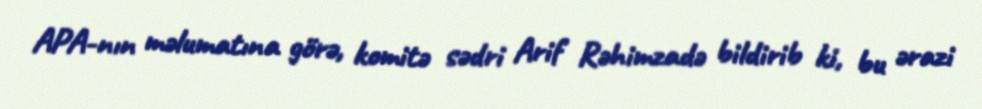
APA-nın məlumatına görə, komitə sədri Arif Rəhimzadə bildirib ki, bu ərazi